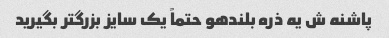
پاشنه ش یه ذره بلندهو حتماً یک سایز بزرگتر بگیرید